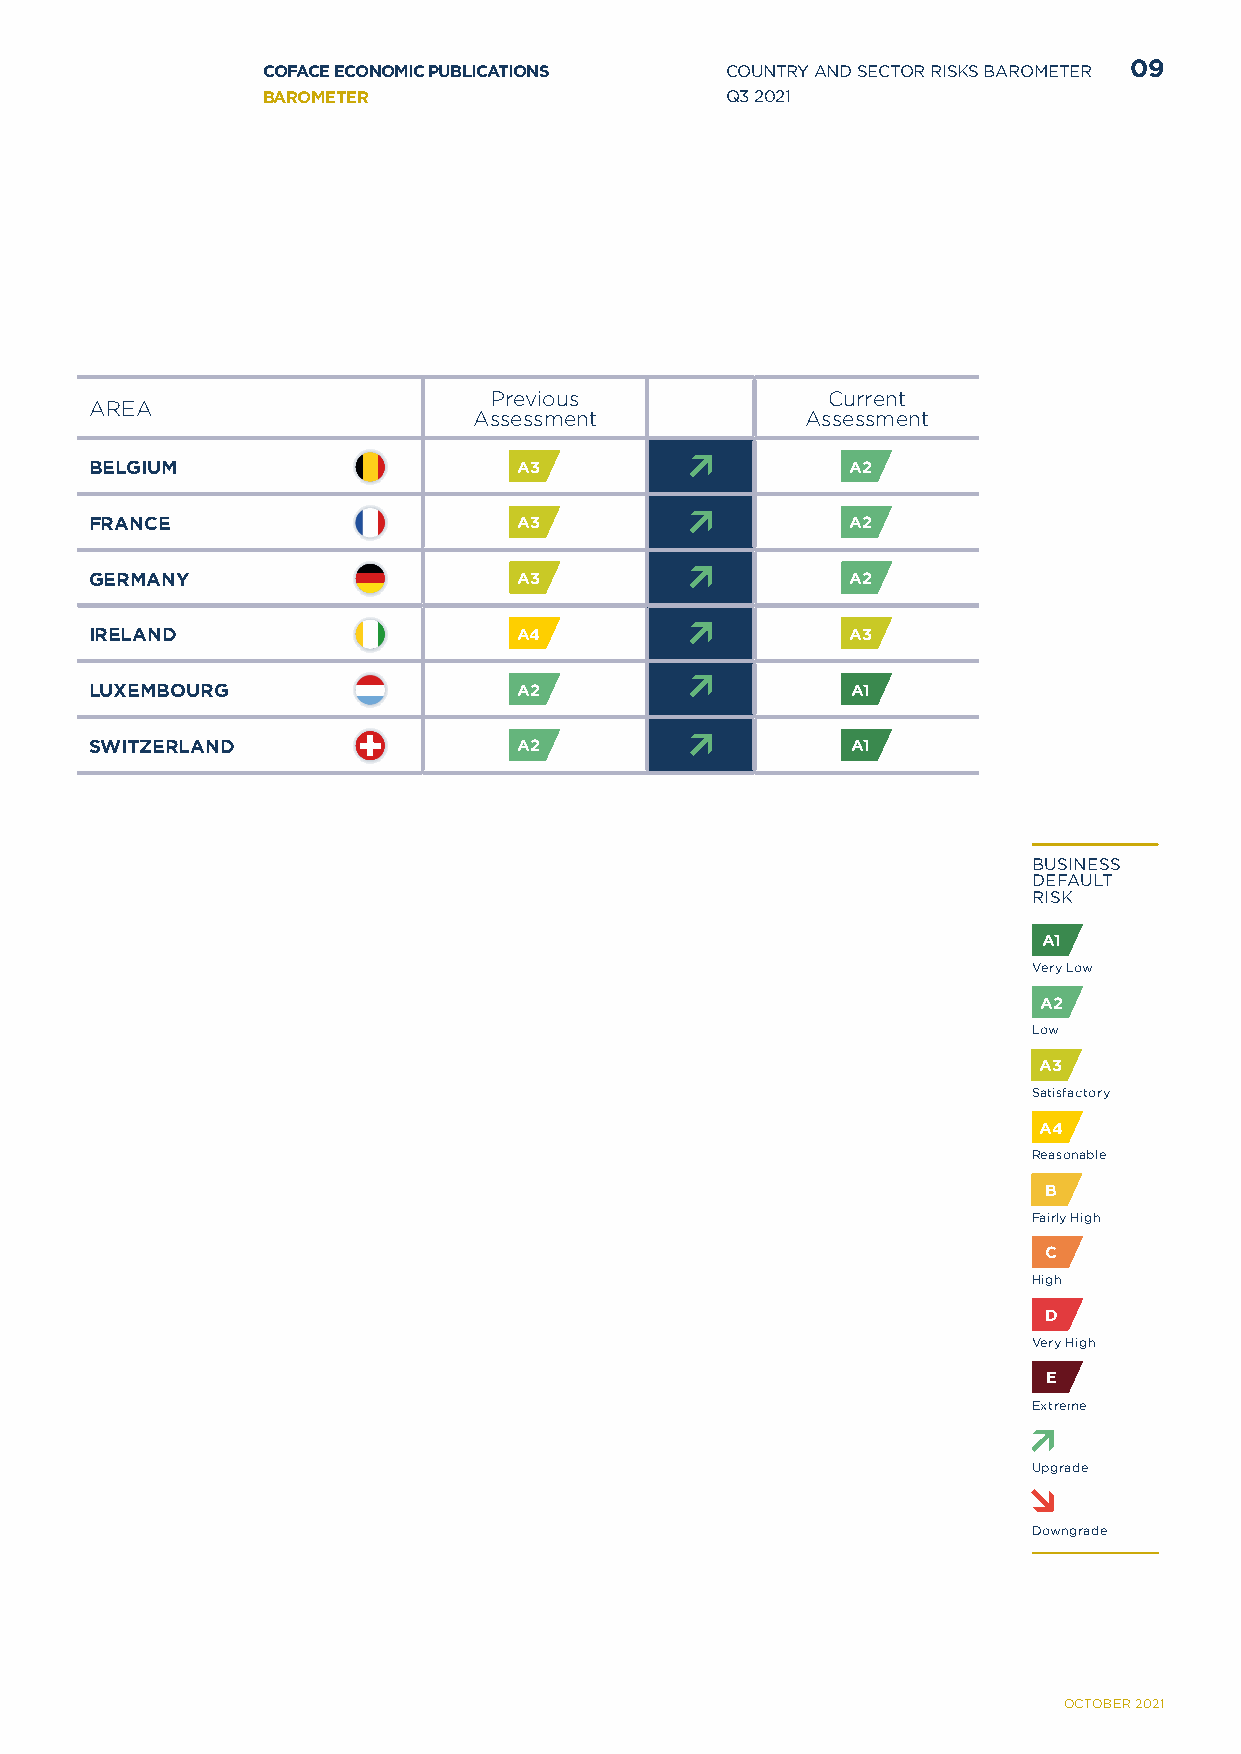
COFACE ECONOMIC PUBLICATIONS   COUNTRY AND SECTOR RISKS BAROMETER 09
 BAROMETER                      Q3 2021
 Previous               Current
 AREA
 Assessment            Assessment
 BELGIUM                     A3                    A2
 FRANCE                      A3                    A2
 GERMANY                     A3                    A2
 IRELAND                     A4                    A3
 LUXEMBOURG                  A2                    A1
 SWITZERLAND                 A2                    A1
 BUSINESS
 DEFAULT
 RISK
 A1
 Very Low
 A2
 Low
 A3
 Satisfactory
 A4
 Reasonable
 B
 Fairly High
 C
 High
 D
 Very High
 E
 Extreme
 Upgrade
 Downgrade
 OCTOBER 2021